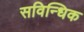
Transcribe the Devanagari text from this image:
सविन्धिक